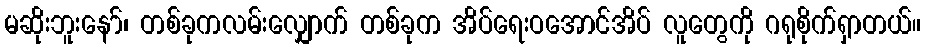
မဆိုးဘူးနော်၊ တစ်ခုကလမ်းလျှောက် တစ်ခုက အိပ်ရေးဝအောင်အိပ် လူတွေကို ဂရုစိုက်ရှာတယ်။